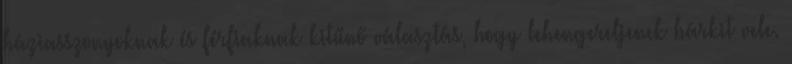
háziasszonyoknak és férfiaknak kitűnő választás, hogy lehengereljenek bárkit vele.